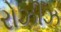
રોઝીઝ